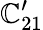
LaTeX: \mathbb{C}_{21}^{\prime}